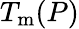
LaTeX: T_{\mathrm{m}}(P)